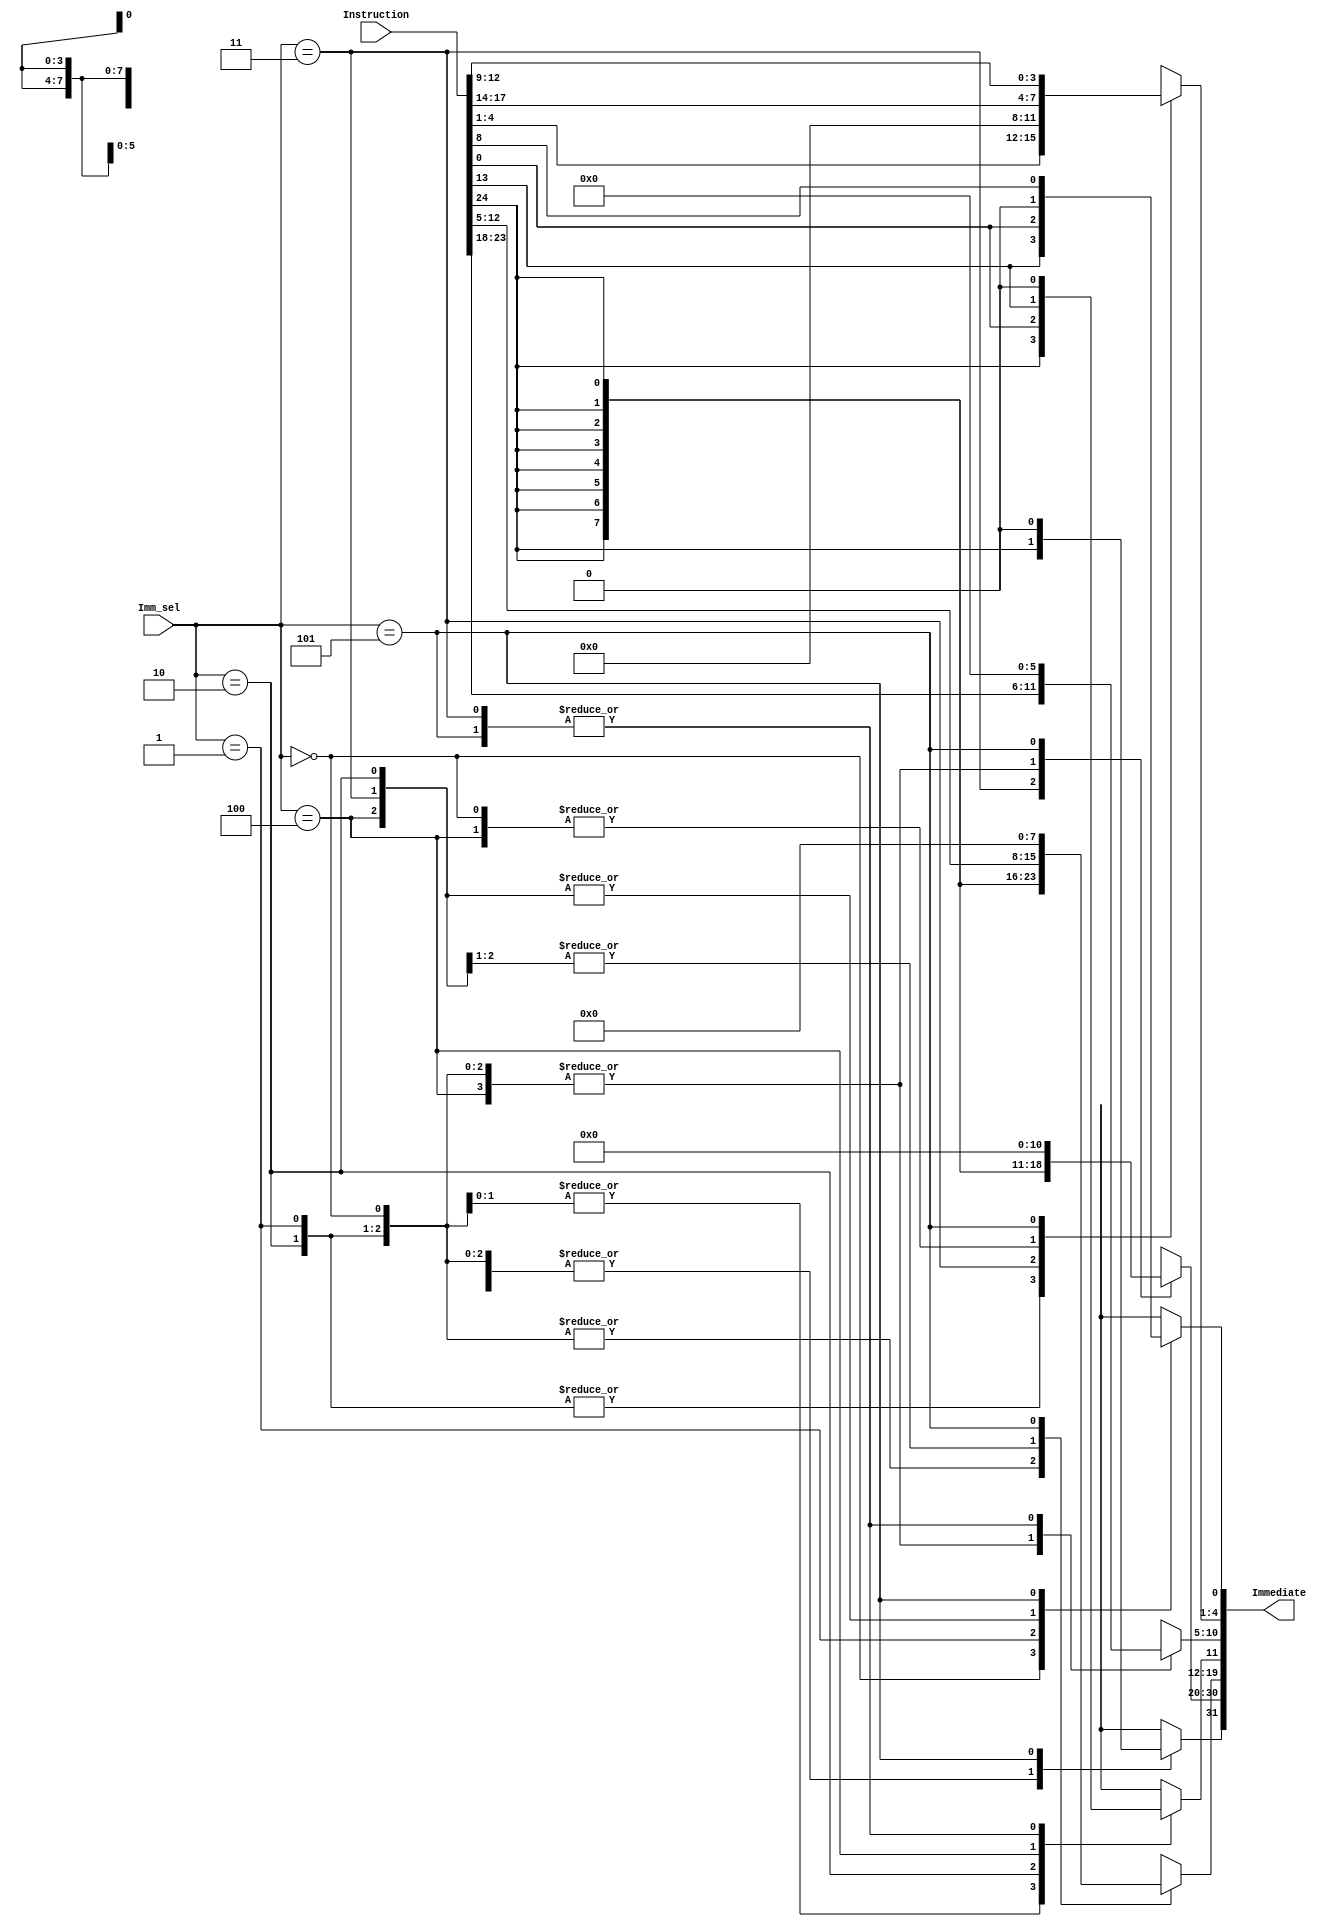
/* Generated by Yosys 0.9+3624 (git sha1 UNKNOWN, clang 7.0.1-8+deb10u2 -fPIC -Os) */

module ImmDecoder(Instruction, Imm_sel, Immediate);
  wire _00_;
  wire _01_;
  wire [7:0] _02_;
  wire [10:0] _03_;
  wire _04_;
  wire _05_;
  wire _06_;
  wire _07_;
  wire _08_;
  wire _09_;
  wire _10_;
  wire [3:0] _11_;
  wire [5:0] _12_;
  input [2:0] Imm_sel;
  output [31:0] Immediate;
  input [24:0] Instruction;
  assign _06_ = Imm_sel == 3'h2;
  assign _07_ = Imm_sel == 3'h3;
  assign _08_ = Imm_sel == 3'h4;
  assign _09_ = Imm_sel == 3'h5;
  function [0:0] \138 ;
    input [0:0] a;
    input [5:0] b;
    input [5:0] s;
    (* parallel_case *)
    casez (s)
      6'b?????1:
        \138  = b[0:0];
      6'b????1?:
        \138  = b[1:1];
      6'b???1??:
        \138  = b[2:2];
      6'b??1???:
        \138  = b[3:3];
      6'b?1????:
        \138  = b[4:4];
      6'b1?????:
        \138  = b[5:5];
      default:
        \138  = a;
    endcase
  endfunction
  assign _10_ = \138 (1'hx, { Instruction[8], 3'h0, Instruction[0], Instruction[13] }, { _09_, _08_, _07_, _06_, _05_, _00_ });
  function [3:0] \145 ;
    input [3:0] a;
    input [23:0] b;
    input [5:0] s;
    (* parallel_case *)
    casez (s)
      6'b?????1:
        \145  = b[3:0];
      6'b????1?:
        \145  = b[7:4];
      6'b???1??:
        \145  = b[11:8];
      6'b??1???:
        \145  = b[15:12];
      6'b?1????:
        \145  = b[19:16];
      6'b1?????:
        \145  = b[23:20];
      default:
        \145  = a;
    endcase
  endfunction
  assign _11_ = \145 (4'hx, { Instruction[12:9], Instruction[17:14], 4'h0, Instruction[4:1], Instruction[4:1], Instruction[17:14] }, { _09_, _08_, _07_, _06_, _05_, _00_ });
  function [5:0] \151 ;
    input [5:0] a;
    input [35:0] b;
    input [5:0] s;
    (* parallel_case *)
    casez (s)
      6'b?????1:
        \151  = b[5:0];
      6'b????1?:
        \151  = b[11:6];
      6'b???1??:
        \151  = b[17:12];
      6'b??1???:
        \151  = b[23:18];
      6'b?1????:
        \151  = b[29:24];
      6'b1?????:
        \151  = b[35:30];
      default:
        \151  = a;
    endcase
  endfunction
  assign _12_ = \151 (6'hxx, { 6'h00, Instruction[23:18], 6'h00, Instruction[23:18], Instruction[23:18], Instruction[23:18] }, { _09_, _08_, _07_, _06_, _05_, _00_ });
  function [0:0] \157 ;
    input [0:0] a;
    input [5:0] b;
    input [5:0] s;
    (* parallel_case *)
    casez (s)
      6'b?????1:
        \157  = b[0:0];
      6'b????1?:
        \157  = b[1:1];
      6'b???1??:
        \157  = b[2:2];
      6'b??1???:
        \157  = b[3:3];
      6'b?1????:
        \157  = b[4:4];
      6'b1?????:
        \157  = b[5:5];
      default:
        \157  = a;
    endcase
  endfunction
  assign _01_ = \157 (1'hx, { 1'h0, Instruction[13], 1'h0, Instruction[0], Instruction[24], Instruction[24] }, { _09_, _08_, _07_, _06_, _05_, _00_ });
  function [7:0] \164 ;
    input [7:0] a;
    input [47:0] b;
    input [5:0] s;
    (* parallel_case *)
    casez (s)
      6'b?????1:
        \164  = b[7:0];
      6'b????1?:
        \164  = b[15:8];
      6'b???1??:
        \164  = b[23:16];
      6'b??1???:
        \164  = b[31:24];
      6'b?1????:
        \164  = b[39:32];
      6'b1?????:
        \164  = b[47:40];
      default:
        \164  = a;
    endcase
  endfunction
  assign _02_ = \164 (8'hxx, { 8'h00, Instruction[12:5], Instruction[12:5], Instruction[24], Instruction[24], Instruction[24], Instruction[24], Instruction[24], Instruction[24], Instruction[24], Instruction[24], Instruction[24], Instruction[24], Instruction[24], Instruction[24], Instruction[24], Instruction[24], Instruction[24], Instruction[24], Instruction[24], Instruction[24], Instruction[24], Instruction[24], Instruction[24], Instruction[24], Instruction[24], Instruction[24] }, { _09_, _08_, _07_, _06_, _05_, _00_ });
  function [10:0] \172 ;
    input [10:0] a;
    input [65:0] b;
    input [5:0] s;
    (* parallel_case *)
    casez (s)
      6'b?????1:
        \172  = b[10:0];
      6'b????1?:
        \172  = b[21:11];
      6'b???1??:
        \172  = b[32:22];
      6'b??1???:
        \172  = b[43:33];
      6'b?1????:
        \172  = b[54:44];
      6'b1?????:
        \172  = b[65:55];
      default:
        \172  = a;
    endcase
  endfunction
  assign _03_ = \172 (11'hxxx, { 11'h000, Instruction[24], Instruction[24], Instruction[24], Instruction[24], Instruction[24], Instruction[24], Instruction[24], Instruction[24], Instruction[24], Instruction[24], Instruction[24:13], Instruction[24], Instruction[24], Instruction[24], Instruction[24], Instruction[24], Instruction[24], Instruction[24], Instruction[24], Instruction[24], Instruction[24], Instruction[24], Instruction[24], Instruction[24], Instruction[24], Instruction[24], Instruction[24], Instruction[24], Instruction[24], Instruction[24], Instruction[24], Instruction[24], Instruction[24], Instruction[24], Instruction[24], Instruction[24], Instruction[24], Instruction[24], Instruction[24], Instruction[24], Instruction[24], Instruction[24], Instruction[24], Instruction[24] }, { _09_, _08_, _07_, _06_, _05_, _00_ });
  function [0:0] \179 ;
    input [0:0] a;
    input [5:0] b;
    input [5:0] s;
    (* parallel_case *)
    casez (s)
      6'b?????1:
        \179  = b[0:0];
      6'b????1?:
        \179  = b[1:1];
      6'b???1??:
        \179  = b[2:2];
      6'b??1???:
        \179  = b[3:3];
      6'b?1????:
        \179  = b[4:4];
      6'b1?????:
        \179  = b[5:5];
      default:
        \179  = a;
    endcase
  endfunction
  assign _04_ = \179 (1'hx, { 1'h0, Instruction[24], Instruction[24], Instruction[24], Instruction[24], Instruction[24] }, { _09_, _08_, _07_, _06_, _05_, _00_ });
  assign _00_ = Imm_sel == 3'h0;
  assign _05_ = Imm_sel == 3'h1;
  assign Immediate = { _04_, _03_, _02_, _01_, _12_, _11_, _10_ };
endmodule